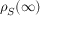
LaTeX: \rho _ { S } ( \infty )